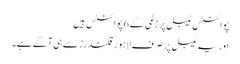
پوائنٹس ٹیبل پر زلمی کے 6 پوائنٹس ہیں
اور یہ ٹیبل پر صرف لاہور قلندرز سے ہی آگے ہے۔